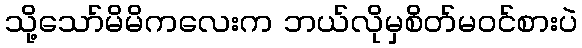
သို့သော်မိမိကလေးက ဘယ်လိုမှစိတ်မ၀င်စားပဲ